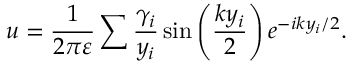
u = \frac { 1 } { 2 \pi \varepsilon } \sum \frac { \gamma _ { i } } { y _ { i } } \sin \left( \frac { k y _ { i } } { 2 } \right) e ^ { - i k y _ { i } / 2 } .